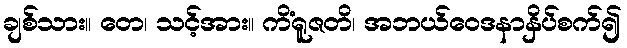
ချစ်သား။ တေ၊ သင့်အား။ ကိံရူဇတိ၊ အဘယ်ဝေဒနာနှိပ်စက်၍